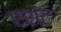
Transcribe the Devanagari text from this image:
एशेंट